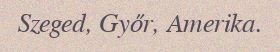
Szeged, Győr, Amerika.